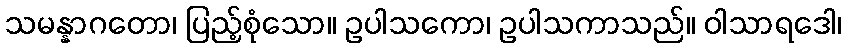
သမန္နာဂတော၊ ပြည့်စုံသော။ ဥပါသကော၊ ဥပါသကာသည်။ ဝါသာရဒေါ၊